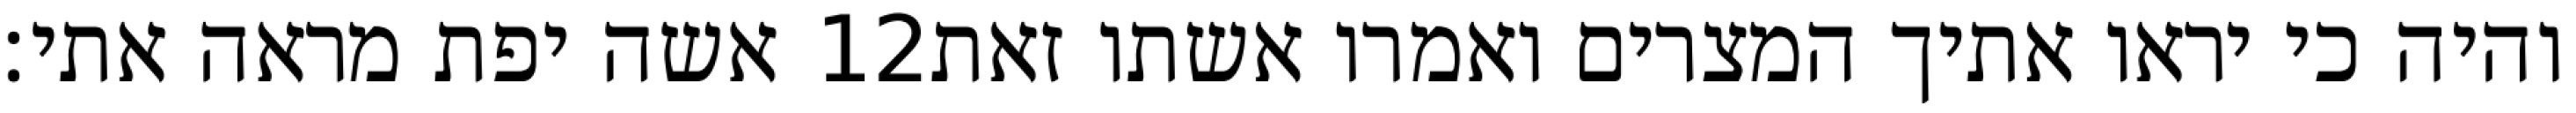
אשה יפת מראה אתי׃ ‎12‏ והיה כי יראו אתיך המצרים ואמרו אשתו זאת